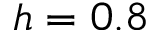
h = 0 . 8